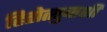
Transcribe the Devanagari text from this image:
हितोत्सुबाशी